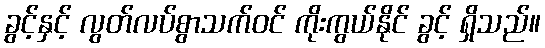
ခွင့်နှင့် လွတ်လပ်စွာသက်ဝင် ကိုးကွယ်နိုင် ခွင့် ရှိသည်။